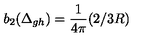
b _ { 2 } ( \Delta _ { g h } ) = { \frac { 1 } { 4 \pi } } ( 2 / 3 R )